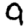
Digit: 9